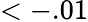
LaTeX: <-.01